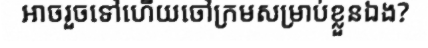
អាចរួចទៅហើយចៅក្រមសម្រាប់ខ្លួនឯង?